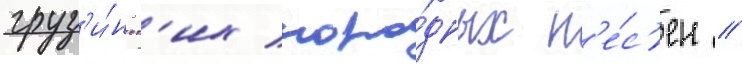
груз'и́нск'их наро́дных п'е́с'ен //